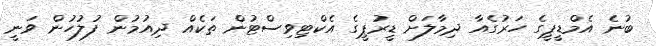
ބުނެ އެމްޑީޕީގެ ހަރުގެއާ ދިމާލަށް ޑީރުޕީގެ އެކްޓިވިސްޓުން ތަކެއް ދިއުމުން ފުލުހުން ވަނީ